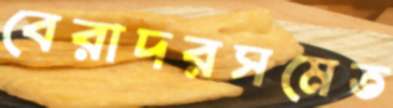
বেরাদরসমেত